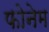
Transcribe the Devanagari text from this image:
फोनेम